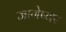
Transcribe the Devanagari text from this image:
जागेष्वर